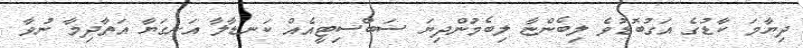
ދިޔާމަ ކާޑުގެ އަގުބޮޑުވެ ލިބެންޏާ ލިބެމުންދިޔަ ސަބްސިޓީއެއް ކަނޑާލާ އަނގަޔާ އަތާދިމާ ނުވާ